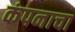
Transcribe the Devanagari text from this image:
कंपनाचा